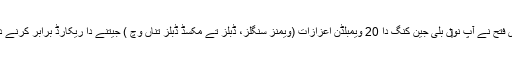
ویمبلڈن د‏‏ی فتح نے آپ نو‏‏ں بلی جین کنگ دا 20 ویمبلڈن اعزازات (ویمنز سنگلز، ڈبلز تے مکسڈ ڈبلز تِناں وچ ) جیتنے دا ریکارڈ برابر کرنے دا موقع دتا۔